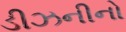
ડીઝનીનો